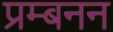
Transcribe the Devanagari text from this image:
प्रम्बनन